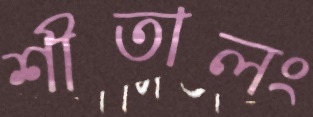
শীতালং